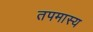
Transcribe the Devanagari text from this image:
तपमास्य